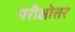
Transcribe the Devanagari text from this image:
परीक्षोत्तर